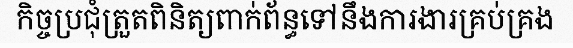
កិច្ចប្រជុំត្រួតពិនិត្យពាក់ព័ន្ធទៅនឹងការងារគ្រប់គ្រង